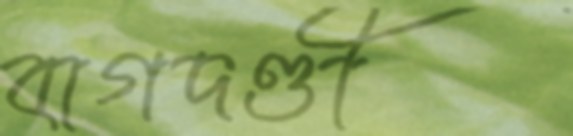
বাগদণ্ডী